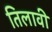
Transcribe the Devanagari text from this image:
तिलावी